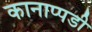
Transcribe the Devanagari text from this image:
कानाप्पडी